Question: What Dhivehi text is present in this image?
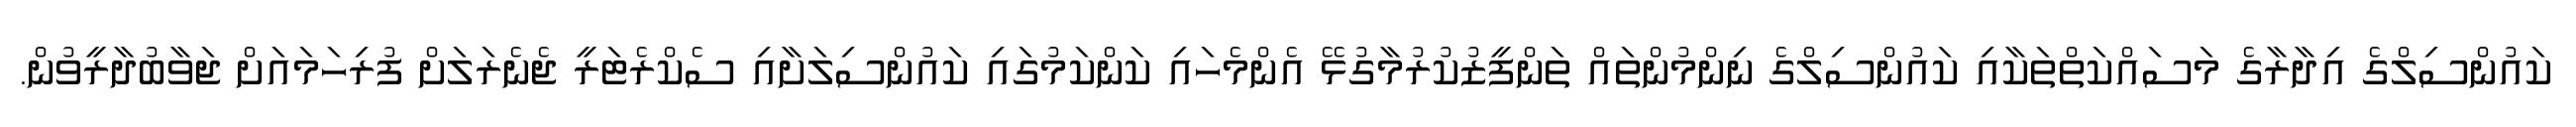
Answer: ކައުންސިލްގެ އިދާރާގެ މަސައްކަތްތަކާއި ކައުންސިލްގެ ނިންމުންތައް ތަންފީޒުކުރުމާގުޅޭ އެންމެހައި ކަންކަމުގައި ކައުންސިލަށާއި ސެކްރެޓަރީ ޖެނެރަލަށް ފުރިހަމައަށް ޖަވާބުދާރީވުން.